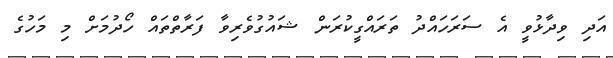
އަދި ވިދާޅުވީ އެ ސަރަހައްދު ތަރައްގީކުރަން ޝައުގުވެރިވާ ފަރާތްތައް ހޯދުމަށް މި މަހުގެ